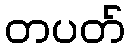
တပတ်